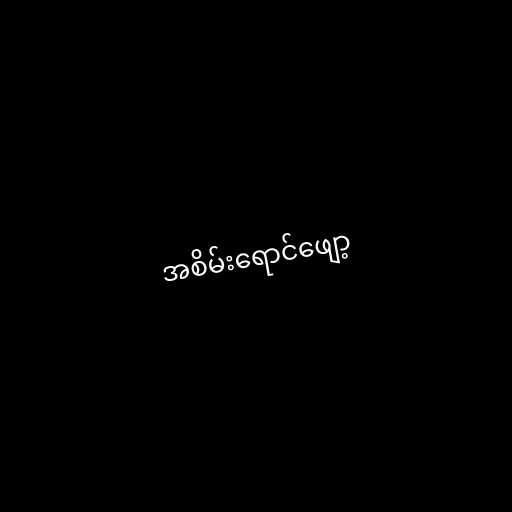
အစိမ်းရောင်ဖျော့